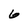
Character: 6